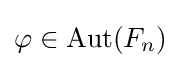
\varphi \in \operatorname {Aut} (F_{n})